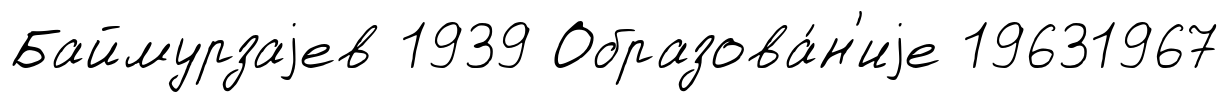
Баймурзаjев 1939 Образова́н'иjе 19631967